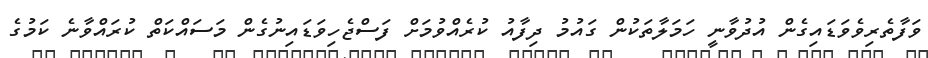
ވަފާތެރިވެވަޑައިގެން އުދުވާނީ ހަމަލާތަކުން ގައުމު ދިފާއު ކުރެއްވުމަށް ފަސްޖެހިވަޑައިނުގެން މަސައްކަތް ކުރައްވާނެ ކަމުގެ